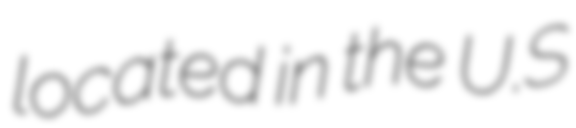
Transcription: located in the U.S